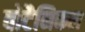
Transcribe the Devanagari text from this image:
वोटैनिकल